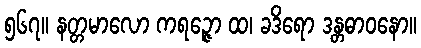
၅၆၇။ နတ္တမာလော ကရဉ္ဇော ထ၊ ခဒိရော ဒန္တဓာဝနော။